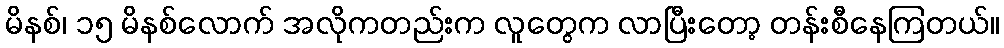
မိနစ်၊ ၁၅ မိနစ်လောက် အလိုကတည်းက လူတွေက လာပြီးတော့ တန်းစီနေကြတယ်။